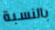
بالنسبة